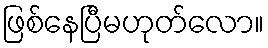
ဖြစ်နေပြီမဟုတ်လော။